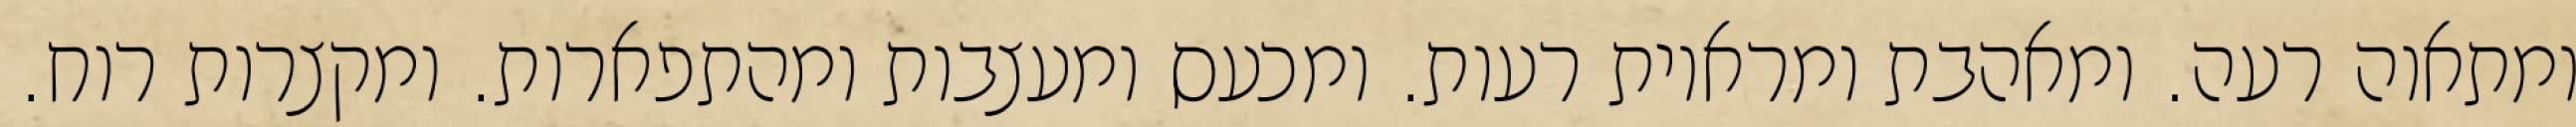
ומתאוה רעה. ומאהבת ומראיות רעות. ומכעס ומעצבות ומהתפארות. ומקצרות רוח.